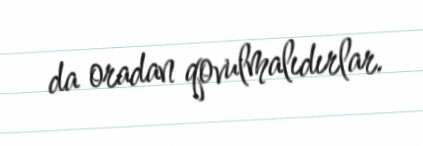
da oradan qovulmalıdırlar.